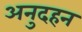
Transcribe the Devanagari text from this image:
अनुदहन